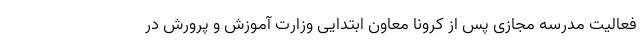
فعالیت مدرسه مجازی پس از کرونا معاون ابتدایی وزارت آموزش و پرورش در